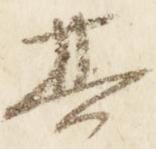
其